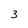
Character: 3